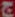
ج